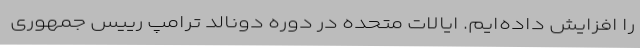
را افزایش داده‌ایم. ایالات متحده در دوره دونالد ترامپ رییس جمهوری